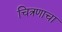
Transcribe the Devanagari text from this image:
चित्रणाचा